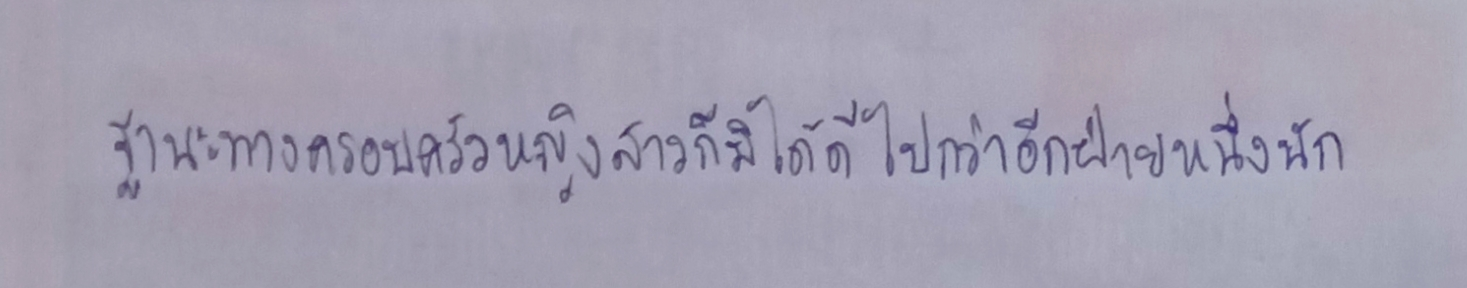
ฐานะทางครอบครัวหญิงสาวก็มิได้ดีไปกว่าอีกฝ่ายหนึ่งนัก